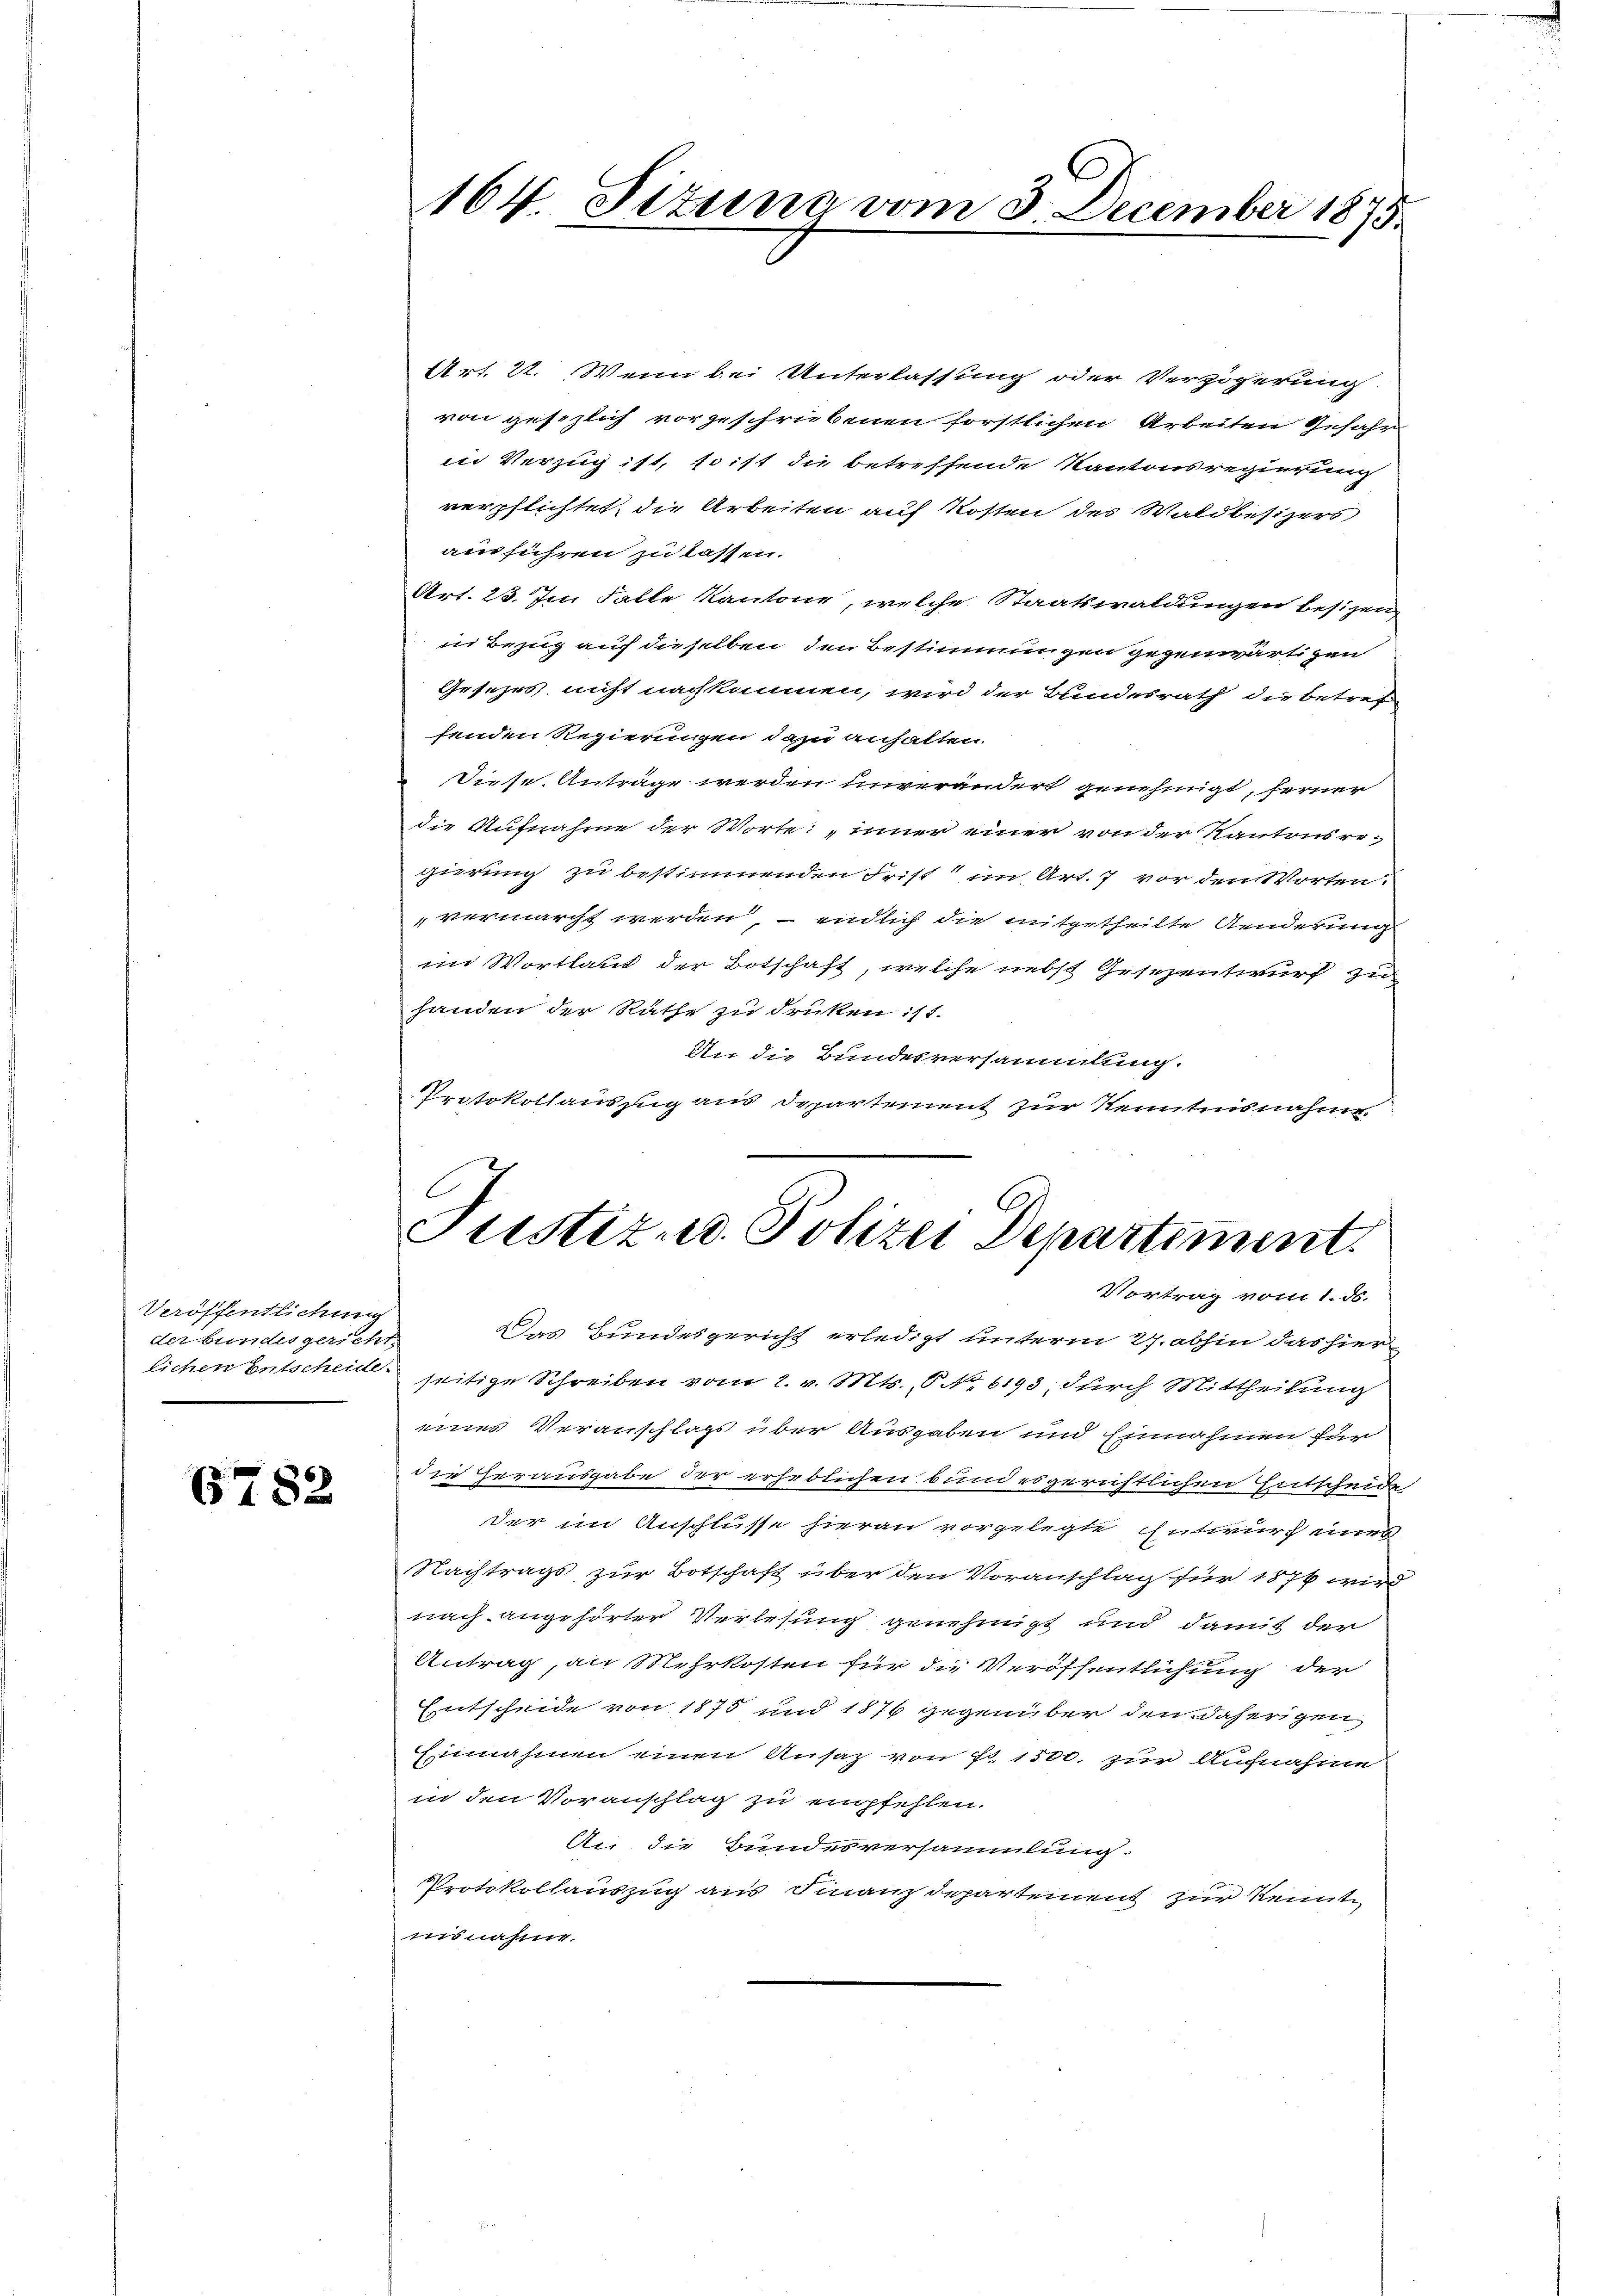
Veröffentlichung
der bundesgericht.

6782

164. Titung vom 3. December 1875.

Justiz u. Polizei Departiment.
Vortrag vom 1. ds.

Das Bundesgericht erledigt unterm 27. abhin das hier
lichen Entscheide seitige Schreiben vom 2. v. Mts., P. Nr. 6193, durch Mittheilung
eines Veranschlags über Ausgaben und Einnahmen für
die herausgabe der erheblichen bund es gerichtlichen Entscheide
der im Anschlüsse hieran vorgelegte Entwurf eines
Nachtrags zur Botschaft über den Voranschlag für 1874 wird
nach angehörter Verlesung genehmigt und damit der
Antrag, an Mehrkosten für die Veröffentlichung der
Entscheide von 1875 und 1876 gegenüber den daherigen
Einnahmen einen Ansaz von 7 1500. zur Aufnahme
in den Voranschlag zu empfehlen.
An die Bundesversammlung.
Protokollauszug aus Finanzdepartement zur Kenntinsnahme.

Art. 22. Wenn bei Unterlassung oder Verzögerung
von gesezlich vorgeschriebenen förstlichen Arbeiten Gefahn
in Verzug ist, so ist die betreffende Kantonsregierung
verpflichtet, die Arbeiten auf Kosten des Waldbesizers
ausführen zu lassen.
Art. 23. Im Falle Kantone, welche Staatswaldungen besizen,
in Bezug auf dieselben den Bestimmungen gegenwärtigen
Gesezes nicht nachkommen, wird der Bundesrath die betref
fenden Regierungen dazu anhalten.
Diese Anträge werden unverändert genehmigt, ferner
die Aufnahme der Worte: „inner einer von der Kantonsregierung zu bestimmenden Frist im Art. 7 vor den Worten.
vermarcht werden, – endlich die mitgetheilte Anderung
im Wortlaut der Botschaft, welche nebst Gesezentwurf zu
handen der Rathe zu drüken: 11.
An die Bundesversammlung.
Protokollauszug aus Departement zur Kenntnisnahme